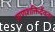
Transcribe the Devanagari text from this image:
प्राणशक्तिर्देवता